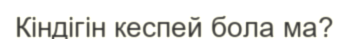
Кіндігін кеспей бола ма?